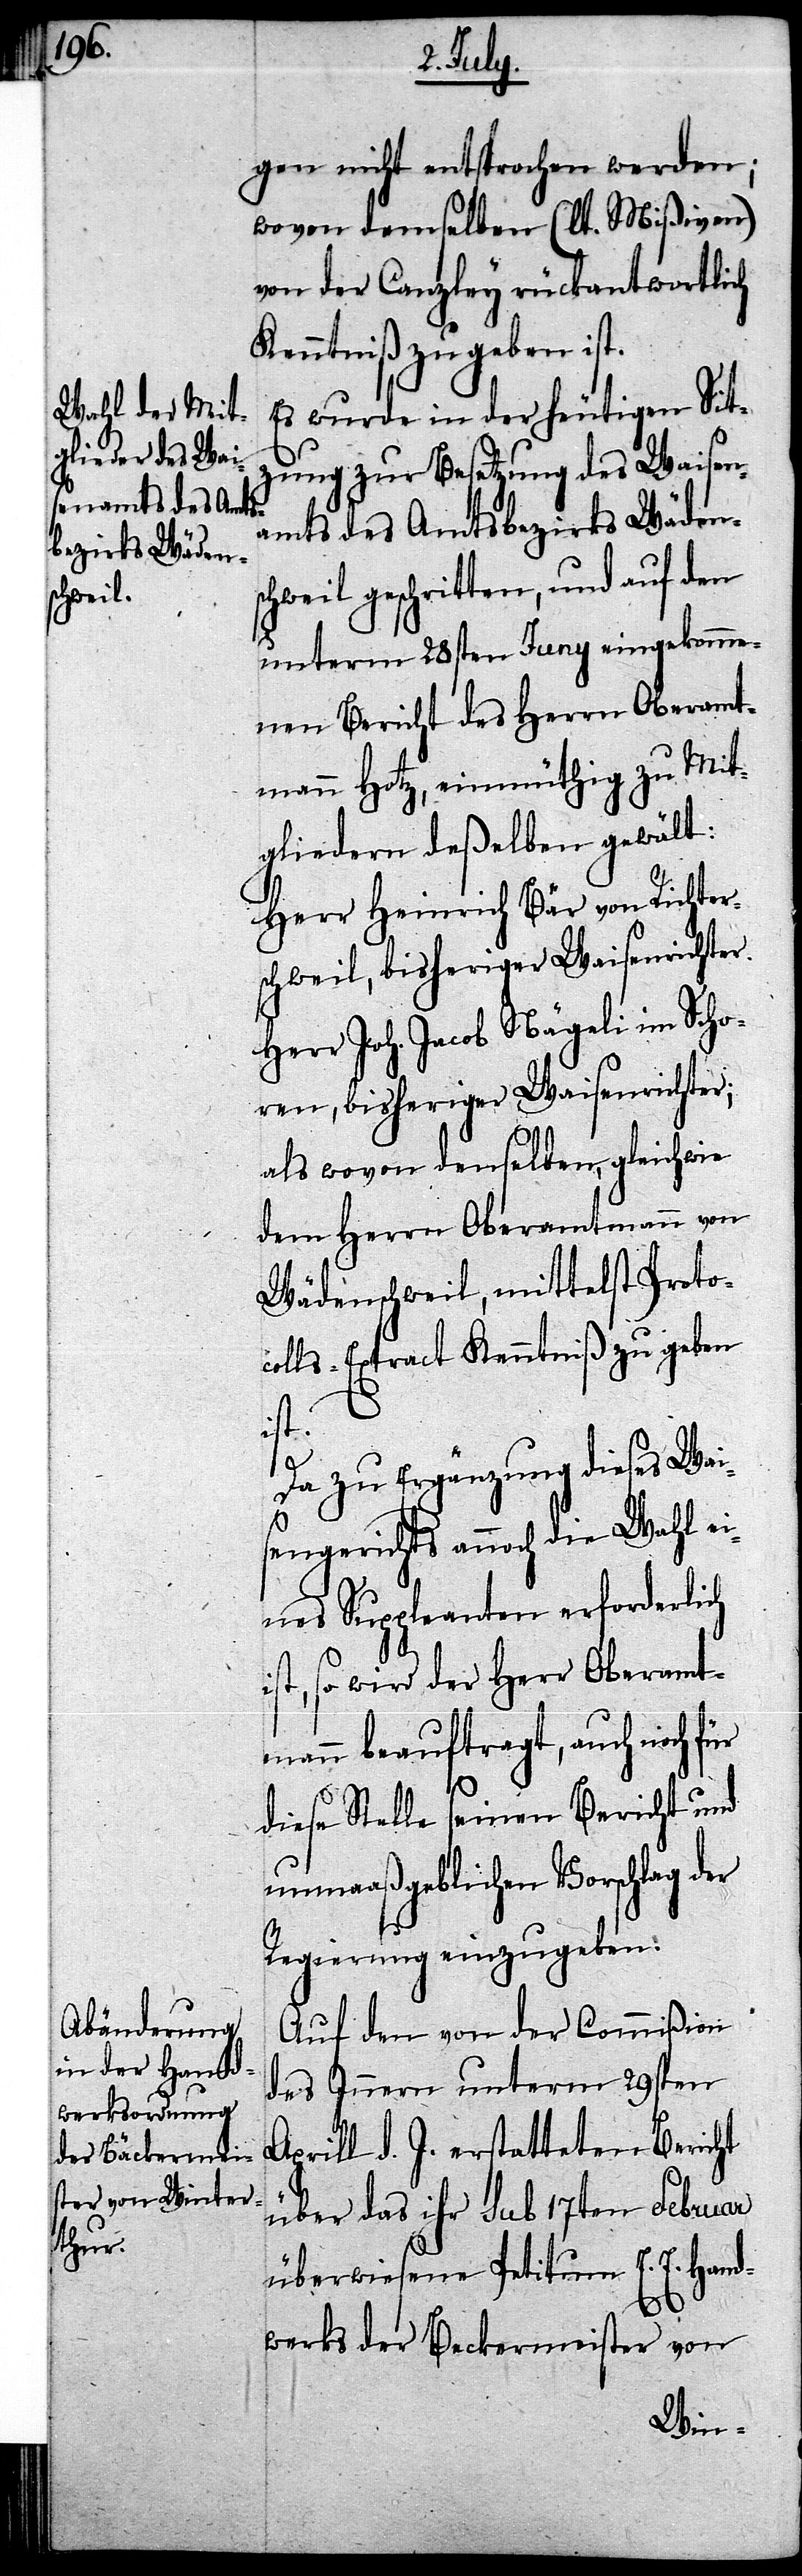
gen nicht entsprochen werden;
wovon demselben (lt. Mißiven)
von der Canzley rückantwortlich
Kenntniß zu geben ist.
Es wurde in der heutigen Sit¬
zung zur Besetzung des Waisen¬
amts des Amtsbezirks Wädens¬
chweil geschritten, und auf den
unterm 28sten Juny eingekomme¬
nen Bericht des Herrn Oberamt¬
mann Hotz, einmüthig zu Mit¬
gliedern deßelben gewählt:
Herr Heinrich Bär von Richter¬
schweil, bisheriger Waisenrichter.
Herr Joh. Jacob Nägeli im Scho¬
ren, bisheriger Waisenrichter;
also wovon denselben, gleichwie
dem Herrn Oberamtmann von
Wädenschweil mittelst Proto¬
colls-Extract Kenntniß zu geben
st.
Da zu Ergänzung dieses Wais¬
i¬
engerichts auch die Wahl ei¬
nes Suppleanten erforderli¬
st, so wird der Herr Oberamt¬
mann beauftragt, auch noch f¬
ür
diese Stelle seinen Bericht und
unmaaßgeblichen Vorschlag der
Regierung einzugeben.
Auf den von der Commißion
des Innern unterm 29sten
Aprill d. J. erstatteten Bericht
über das ihr sub. 17ten Februar
überwiesene Petitum E. E. Hand¬
werks der Beckermeister von